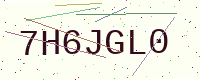
Text: 7H6JGL0